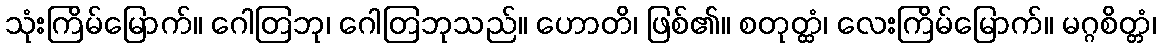
သုံးကြိမ်မြောက်။ ဂေါတြဘု၊ ဂေါတြဘုသည်။ ဟောတိ၊ ဖြစ်၏။ စတုတ္ထံ၊ လေးကြိမ်မြောက်။ မဂ္ဂစိတ္တံ၊